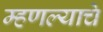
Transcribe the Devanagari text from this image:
म्हणल्याचे